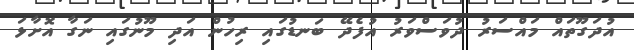
އުދަގޫތައް މައްސަރު ދުވަސްވަރު އުފެދޭ ބަނޑުގައި ރިހުން އަދި މޫނުގައި ނަގާ އޮށާޅަ